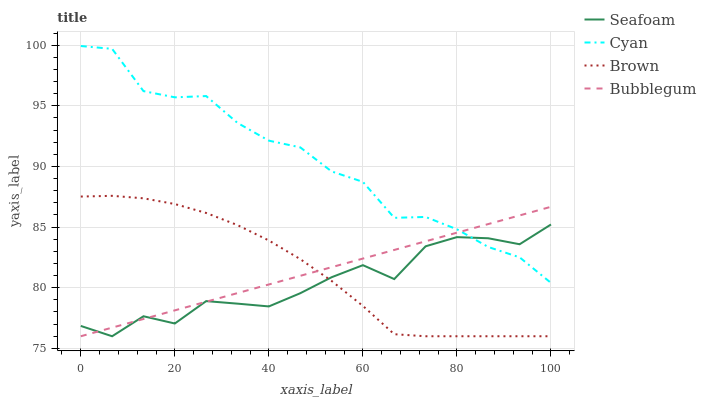
| xaxis_label | Seafoam | Cyan | Brown | Bubblegum |
 | --- | --- | --- | --- | --- |
 | 0 | 76.9 | 99.9 | 87.5 | 76 |
 | 6.67 | 76 | 99.7 | 87.6 | 76.7 |
 | 13.3 | 77.6 | 96.2 | 87.4 | 77.4 |
 | 20 | 77.1 | 95.7 | 86.9 | 78.1 |
 | 26.7 | 78.9 | 95.8 | 86.2 | 78.8 |
 | 33.3 | 78.7 | 93.6 | 85.2 | 79.6 |
 | 40 | 78.5 | 92.1 | 83.9 | 80.3 |
 | 46.7 | 79.5 | 91.6 | 82.4 | 81 |
 | 53.3 | 80.9 | 89.6 | 80.6 | 81.7 |
 | 60 | 81.9 | 88.7 | 78.5 | 82.4 |
 | 66.7 | 80.7 | 85.8 | 76.2 | 83.1 |
 | 73.3 | 83.4 | 85.8 | 76 | 83.8 |
 | 80 | 84.2 | 84.8 | 76 | 84.5 |
 | 86.7 | 84.1 | 83.4 | 76 | 85.3 |
 | 93.3 | 83.6 | 82.5 | 76 | 86 |
 | 100 | 85.2 | 80.4 | 76 | 86.7 |